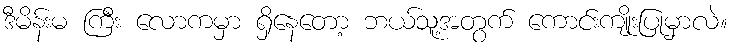
ဒီမိန်းမ ကြီး လောကမှာ ရှိနေတော့ ဘယ်သူ့အတွက် ကောင်းကျိုးပြုမှာလဲ။